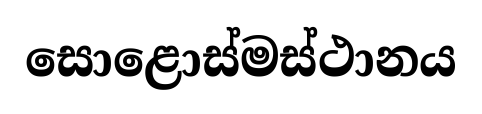
සොළොස්මස්ථානය